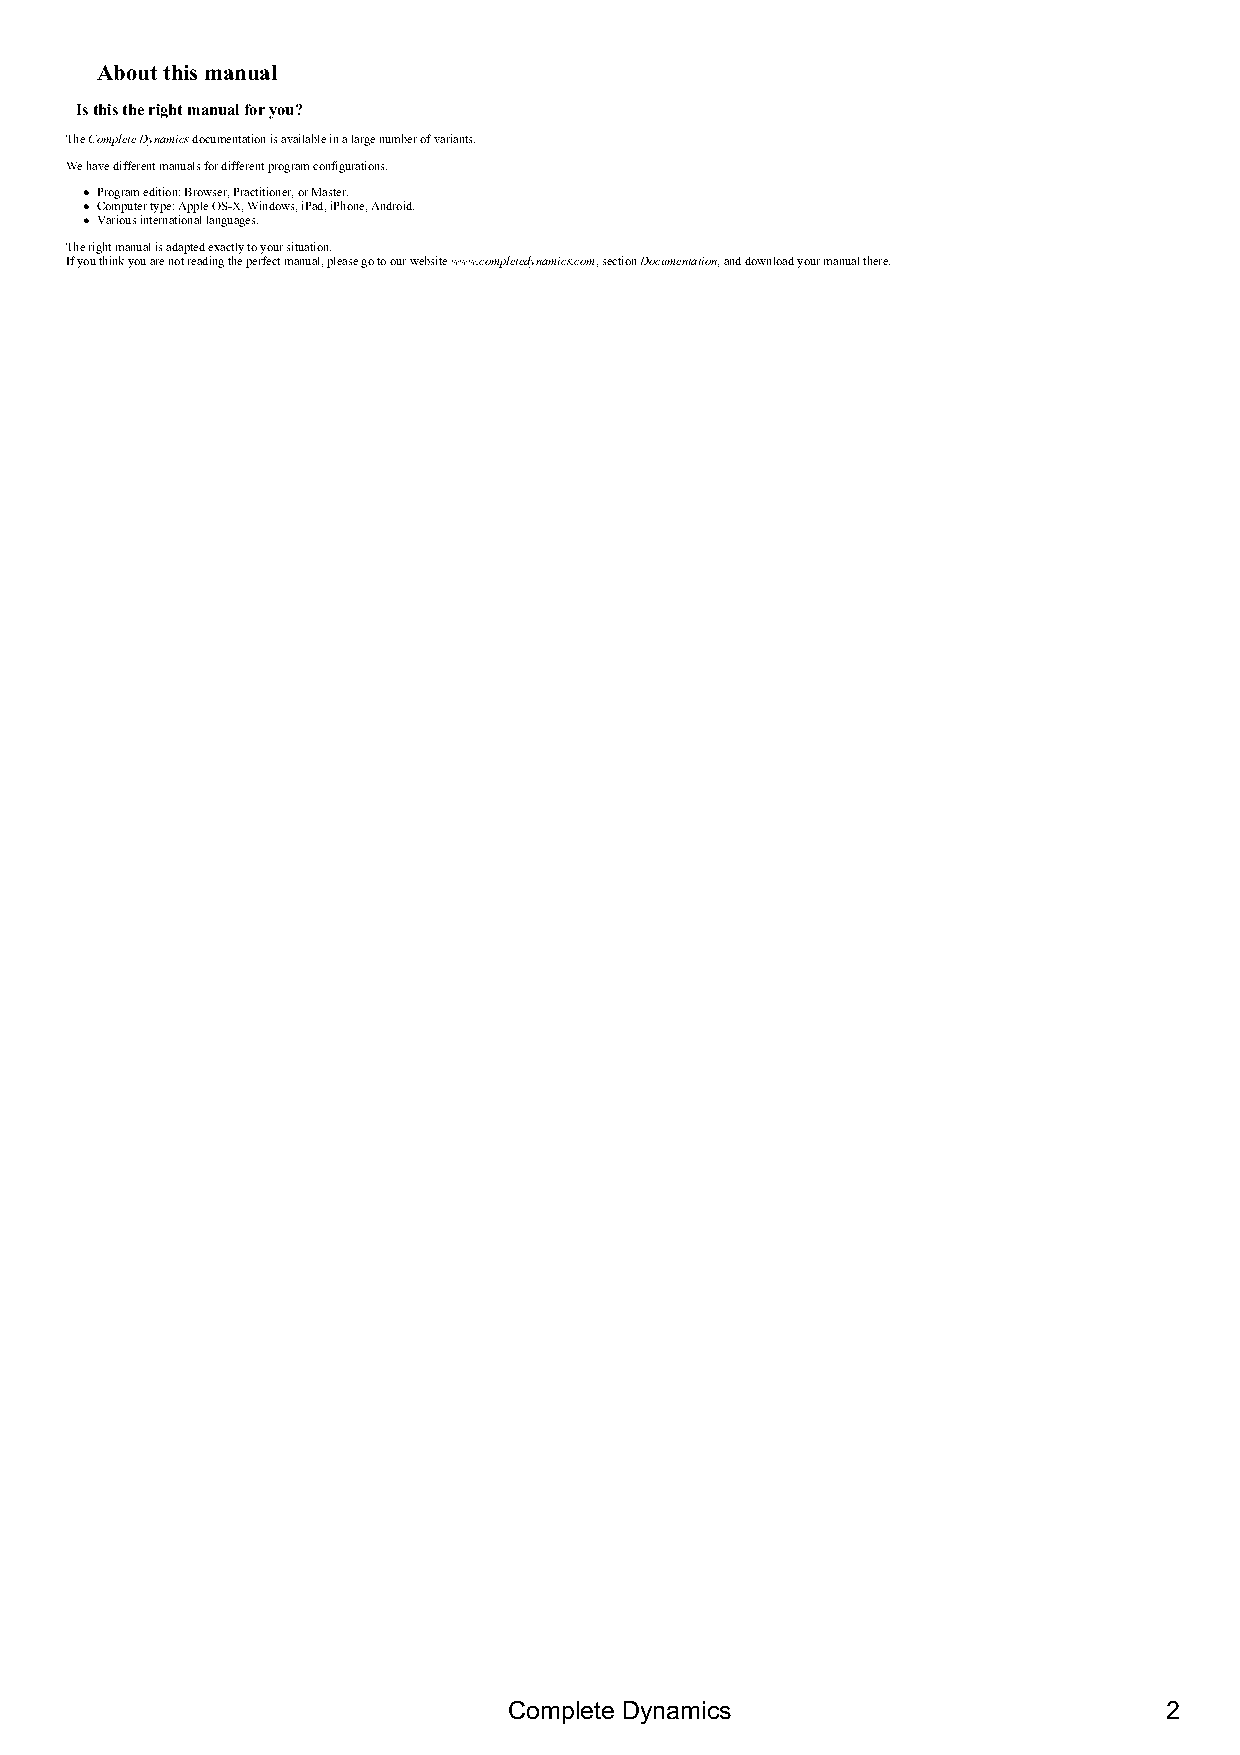
About this manual
 Is this the right manual for you?
 The Complete Dynamics documentation is available in a large number of variants.
 We have different manuals for different program configurations.
 Program edition: Browser, Practitioner, or Master.
 Computer type: Apple OS-X, Windows, iPad, iPhone, Android.
 Various international languages.
 The right manual is adapted exactly to your situation.
 If you think you are not reading the perfect manual, please go to our website www.completedynamics.com, section Documentation, and download your manual there.
 Complete Dynamics                          2